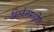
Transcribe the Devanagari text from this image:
ब्रिस्बेनमधील